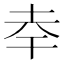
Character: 𭎎